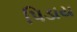
પિડાય